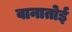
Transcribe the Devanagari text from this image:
वानातोई